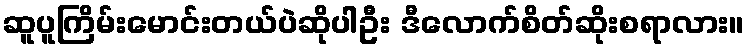
ဆူပူကြိမ်းမောင်းတယ်ပဲဆိုပါဦး ဒီလောက်စိတ်ဆိုးစရာလား။